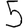
Digit: 5